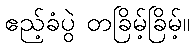
ဧည့်ခံပွဲ တခြိမ့်ခြိမ့်။